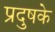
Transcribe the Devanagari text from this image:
प्रदुषके